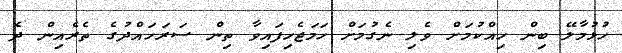
ހުޅުމާލޭ ބިން ހިއްކުމަށް ވެލި ނެގުމަށް ހަމަޖެހިފައިވާ ތިން ސަރަހައްދުގެ ތެރެއިން ދެ